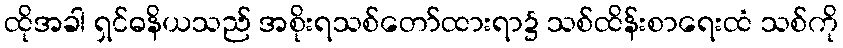
ထိုအခါ ရှင်ဓနိယသည် အစိုးရသစ်တော်ထားရာ၌ သစ်ထိန်းစာရေးထံ သစ်ကို